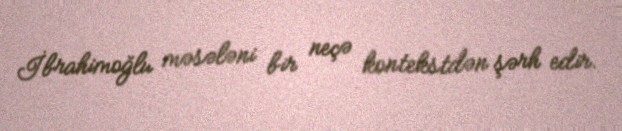
İbrahimoğlu məsələni bir neçə kontekstdən şərh edir.